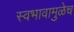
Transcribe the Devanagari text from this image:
स्वभावामुळेच